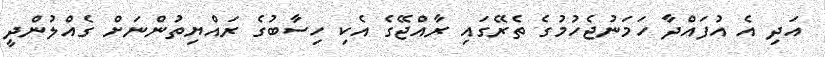
އަދި އެ އުފައްދާ ހަމަނުޖެހުމުގެ ތެރޭގައި ރާއްޖޭގެ އެކި ހިސާބުގެ ރައްޔިތުންނަށް ގެއްލުންދީ